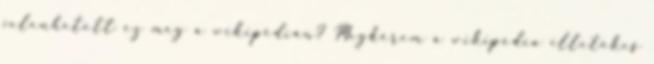
jelenhetett ez meg a wikipédián? Megkérem a wikipédia illetékes